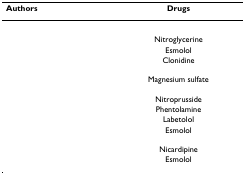
<table><thead><tr><td><b>Authors</b></td><td><b>Drugs</b></td></tr></thead><tbody><tr><td>[EMPTY_CELL]</td><td>Nitroglycerine</td></tr><tr><td>[EMPTY_CELL]</td><td>Esmolol</td></tr><tr><td>[EMPTY_CELL]</td><td>Clonidine</td></tr><tr><td>[EMPTY_CELL]</td><td>Magnesium sulfate</td></tr><tr><td>[EMPTY_CELL]</td><td>Nitroprusside</td></tr><tr><td>[EMPTY_CELL]</td><td>Phentolamine</td></tr><tr><td>[EMPTY_CELL]</td><td>Labetolol</td></tr><tr><td>[EMPTY_CELL]</td><td>Esmolol</td></tr><tr><td>[EMPTY_CELL]</td><td>Nicardipine</td></tr><tr><td>[EMPTY_CELL]</td><td>Esmolol</td></tr></tbody></table>